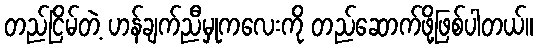
တည်ငြိမ်တဲ့ ဟန်ချက်ညီမှုကလေးကို တည်ဆောက်ဖို့ဖြစ်ပါတယ်။